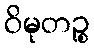
ဝိမုတဉ္စ